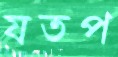
যতপ